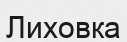
Лиховка